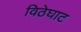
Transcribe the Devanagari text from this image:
विठेघाट